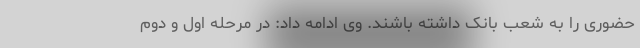
حضوری را به شعب بانک داشته باشند. وی ادامه داد: در مرحله اول و دوم